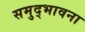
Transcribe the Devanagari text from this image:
समुद्भावना